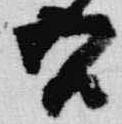
吾